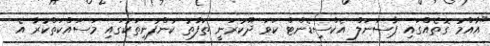
"އާއްމު ގޮތެއްގައި ޕާސަނަލް އެކްސިޑެންޓް ކަވަ ދޫކުރަނީ ތަފާތު ކުންފުނިތަކުގައި މަސައްކަތްކުރާ އެ